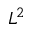
L ^ { 2 }